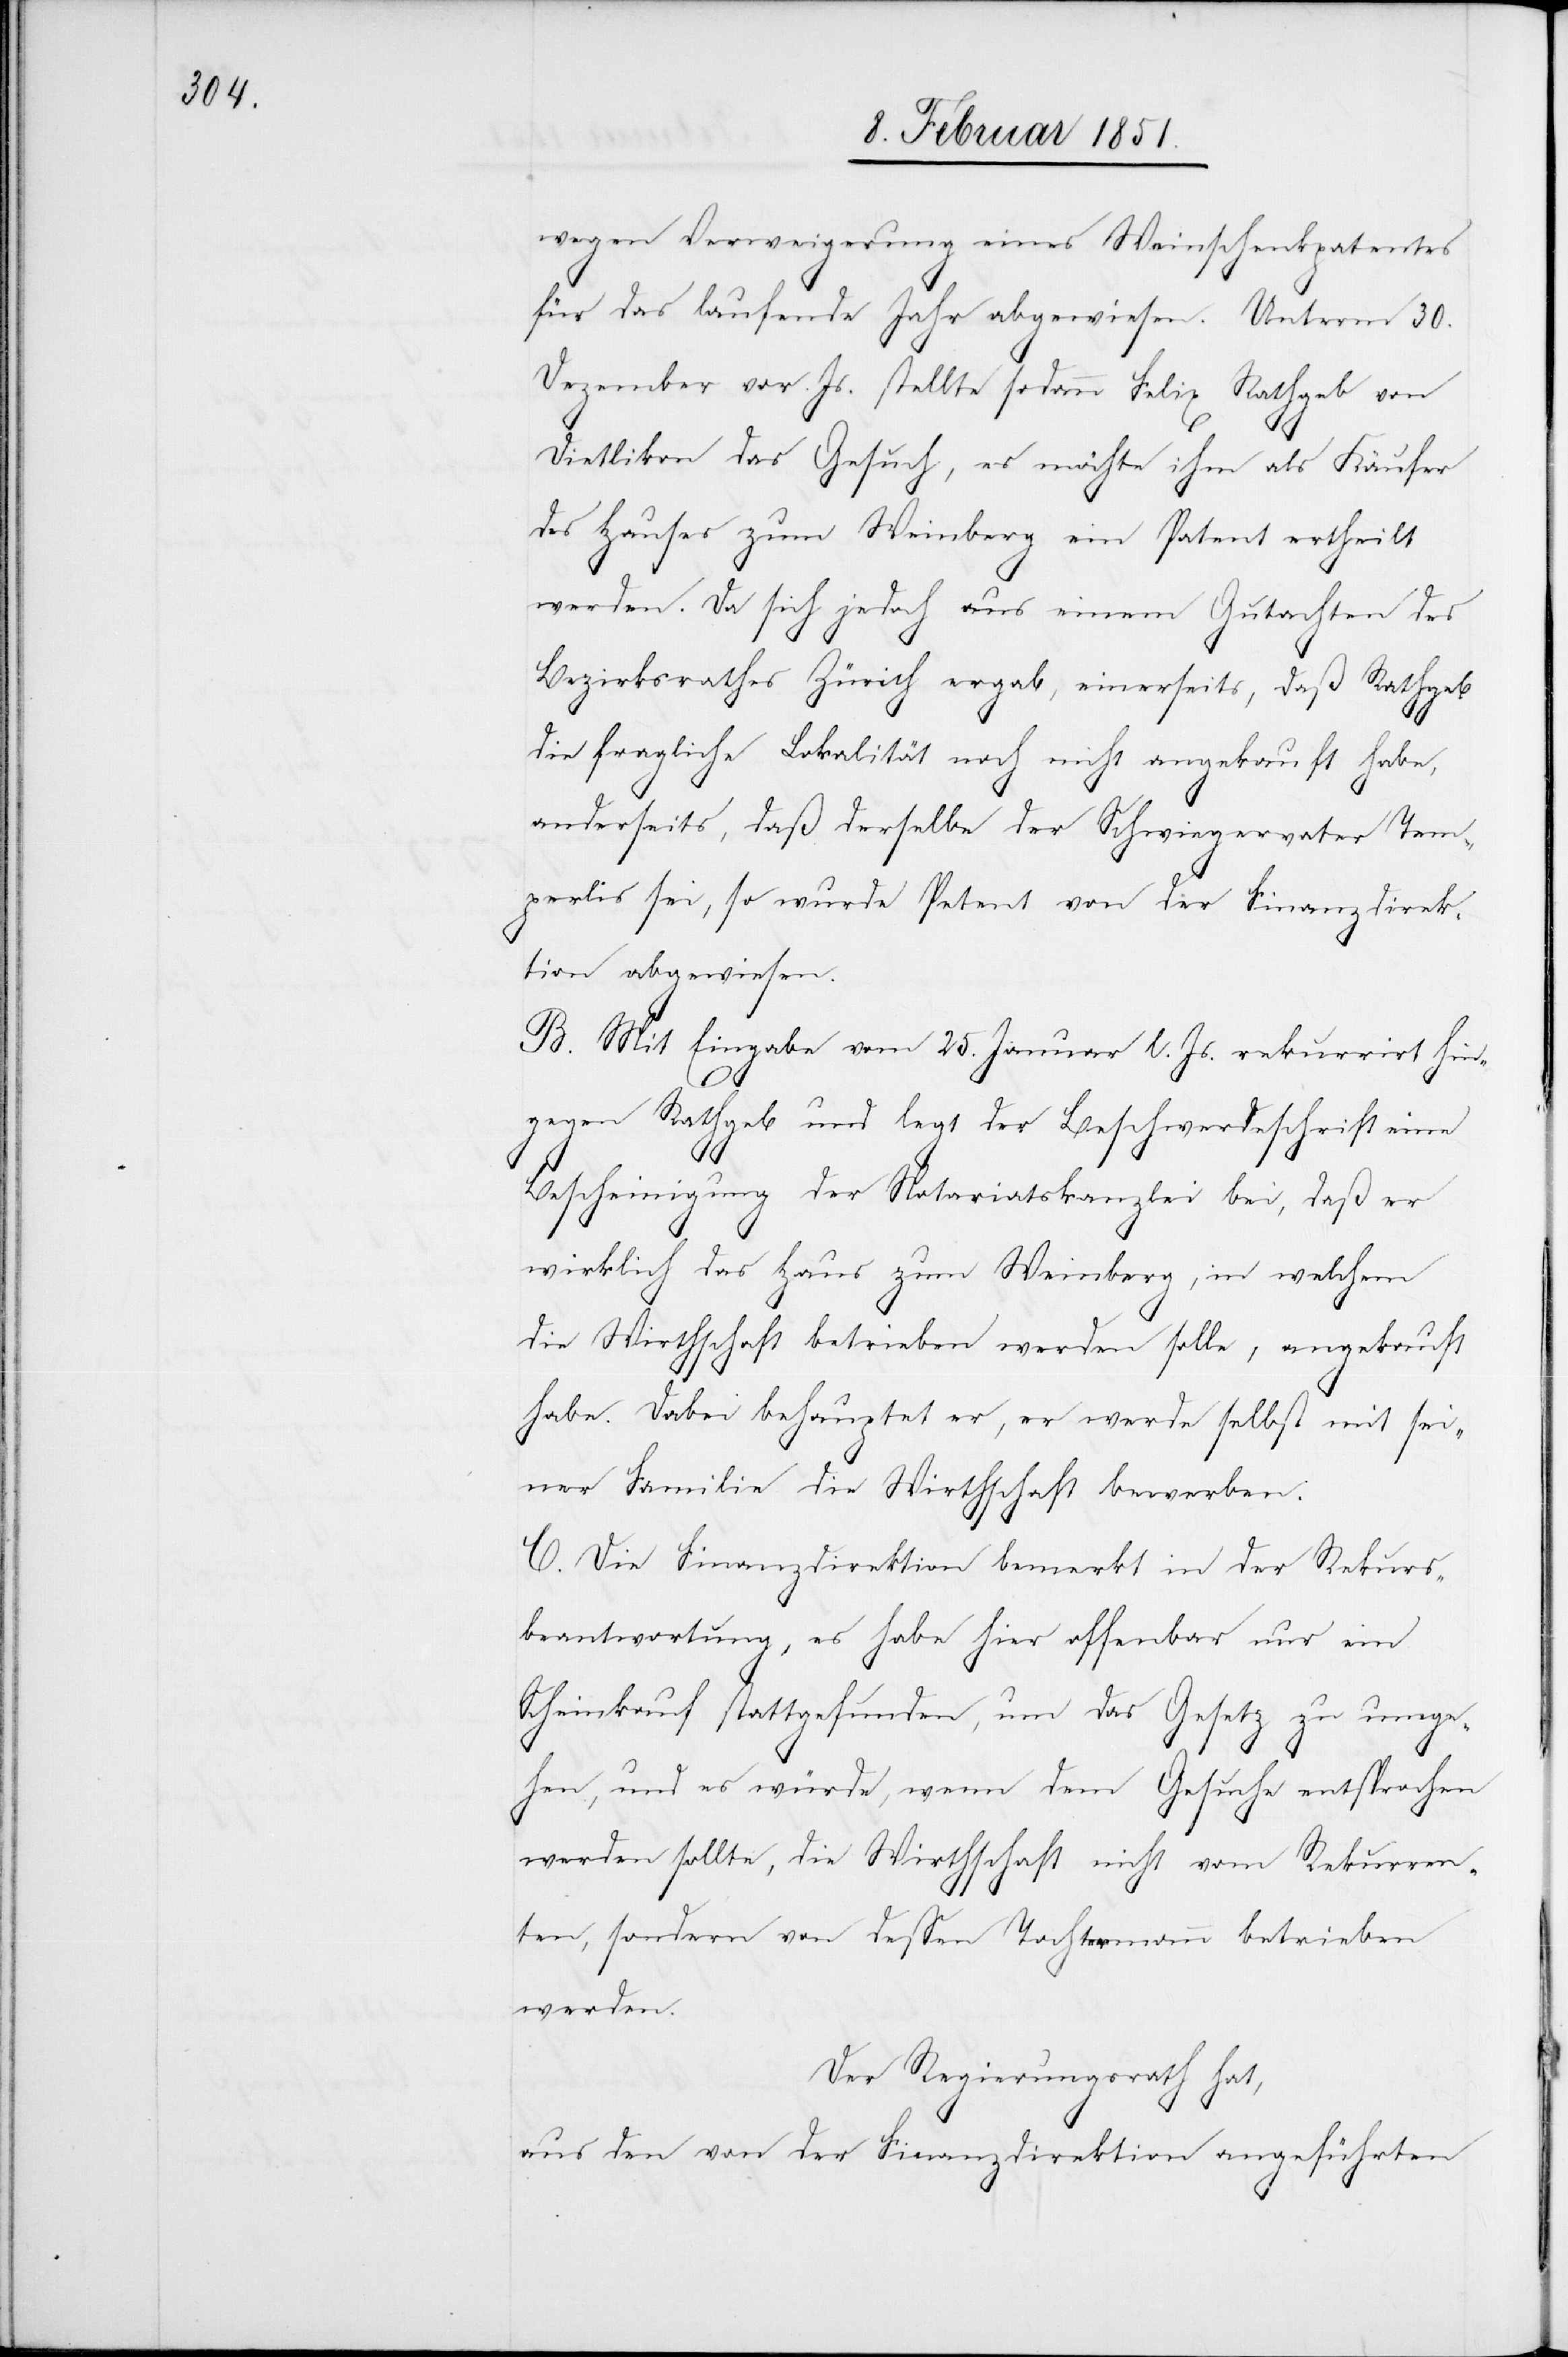
wegen Verweigerung eines Weinschenkpatentes
für das laufende Jahr abgewiesen. Unterm 30.
Dezember vor. Js. stellte sodann Felix Rathgeb von
Dietlikon das Gesuch, es möchte ihm als Käufer
des Hauses zum Weinberg ein Patent ertheilt
werden. Da sich jedoch aus einem Gutachten des
Bezirksrathes Zürich ergab, einerseits, daß Rathgeb
die fragliche Lokalität noch nicht angekauft habe,
anderseits, daß derselbe der Schwiegervater Tem¬
perlis sei, so wurde Petent von der Finanzdirek¬
tion abgewiesen.
B. Mit Eingabe vom 25. Januar l. Js. rekurrirt hin¬
gegen Rathgeb und legt der Beschwerdeschrift eine
Bescheinigung der Notariatskanzlei bei, daß er
wirklich das Haus zum Weinberg, in welchem
die Wirthschaft betrieben werden solle, angekauft
habe. Dabei behauptet er, er werde selbst mit sei¬
ner Familie die Wirthschaft bewerben.
C. Die Finanzdirektion bemerkt in der Rekurs¬
beantwortung, es habe hier offenbar nur ein
Scheinkauf stattgefunden, um das Gesetz zu umge¬
hen, und es würde, wenn dem Gesuche entsprochen
werden sollte, die Wirthschaft nicht vom Rekurren¬
ten, sondern von dessen Tochtermann betrieben
werden.
Der Regierungsrath hat,
aus den von der Finanzdirektion angeführten